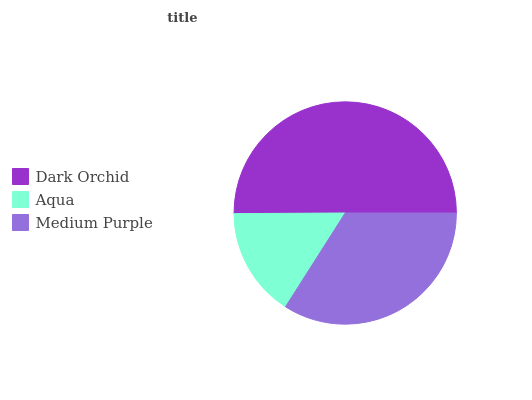
| Dark Orchid | Aqua | Medium Purple |
 | --- | --- | --- |
 | 50.1% | 15.9% | 34% |